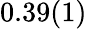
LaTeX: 0.39(1)